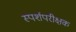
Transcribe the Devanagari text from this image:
स्पर्शपरीक्षक